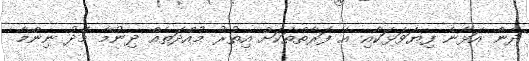
ދެން އަޅާނެ ފިޔަވަޅަކާއި އެ ފަރާތްތަކަށް އިތުރު މުއްދަތެއް ދިނުމާ މެދު ނިންމާ